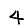
Digit: 4